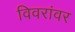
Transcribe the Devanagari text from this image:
विवरांवर